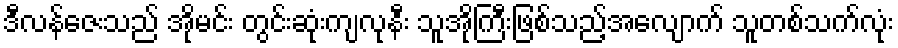
ဒီလန်ဇေးသည် အိုမင်း တွင်းဆုံးကျလုနီး သူအိုကြီးဖြစ်သည့်အလျောက် သူတစ်သက်လုံး